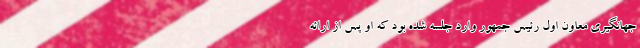
جهانگیری معاون اول رئیس جمهور وارد جلسه شده بود که او پس از ارائه